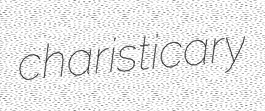
charisticary